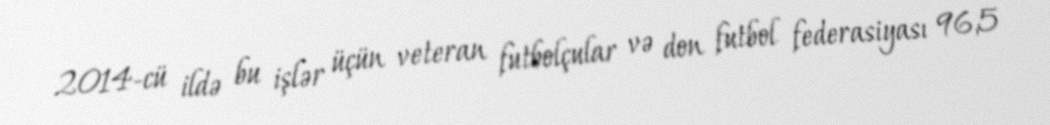
2014-cü ildə bu işlər üçün veteran futbolçular və don futbol federasiyası 96,5